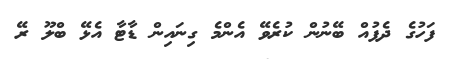
ފަހުގެ ދެފުއް ބޭނުން ކުރެވޭ އެންމެ ގިނައިން ޑާޓާ އެޅޭ ބްލޫ ރޭ